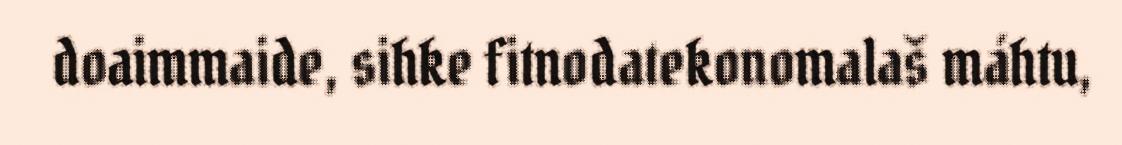
doaimmaide, sihke fitnodatekonomalaš máhtu,